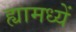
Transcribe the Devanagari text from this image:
ह्यामध्यें